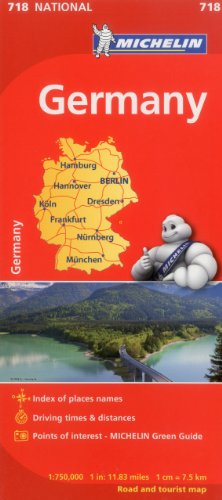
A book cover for Michelin Germany Map 718 (Maps/Country (Michelin)); Michelin Travel & Lifestyle; Travel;